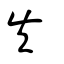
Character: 失